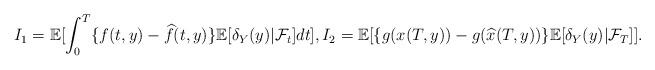
LaTeX: \begin{align*} I_1=\mathbb{E}[\int_0^T\{f(t,y)-\widehat{f}(t,y)\}\mathbb{E}[\delta_Y(y)|\mathcal{F}_t]dt], I_2=\mathbb{E}[\{g(x(T,y))-g(\widehat{x}(T,y))\}\mathbb{E}[\delta_Y(y)|\mathcal{F}_T]]. \end{align*}